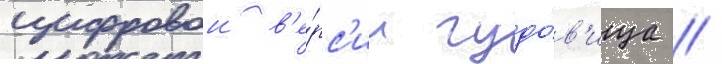
цифровои в'е́рс'ии чудо́в'ища //